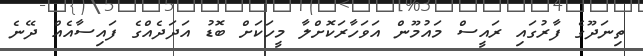
ތިނަދޫގެ ފާރުގައި ރައީސް މައުމޫން އަވަހާރަކޮށްލާ މީހަކަށް ބޮޑު އަދަދެއްގެ ފައިސާއެއް ދޭނެ